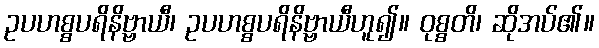
ဥပဟစ္စပရိနိဗ္ဗာယီ၊ ဥပဟစ္စပရိနိဗ္ဗာယီဟူ၍။ ဝုစ္စတိ၊ ဆိုအပ်၏။